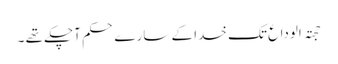
حجتہ الوداع تک خدا کے سارے حکم آچکے تھے ۔